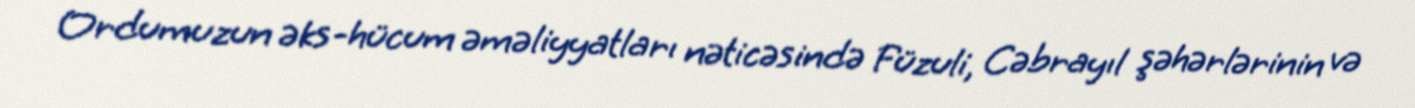
Ordumuzun əks-hücum əməliyyatları nəticəsində Füzuli, Cəbrayıl şəhərlərinin və